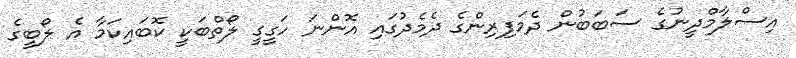
އިސްލާމްދީނުގެ ސަބަބުން ދެމަފިރިންގެ ދެމެދުގައި އޮންނަ ހަގީގީ ލޯތްބަކީ ކޮބައިކަމާ އެ ލޯބީގެ